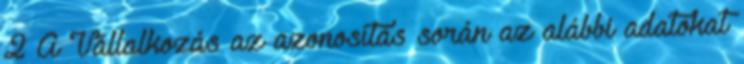
2 A Vállalkozás az azonosítás során az alábbi adatokat